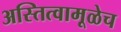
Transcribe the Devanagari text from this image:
अस्तित्वामूळेच